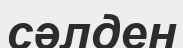
сәлден